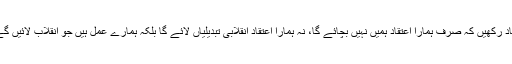
پس ہمیشہ یاد رکھیں کہ صرف ہمارا اعتقاد ہمیں نہیں بچائے گا، نہ ہمارا اعتقاد انقلابی تبدیلیاں لائے گا بلکہ ہمارے عمل ہیں جو انقلاب لائیں گے انشاء اللہ۔